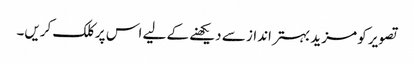
تصویر کو مزید بہتر انداز سے دیکھنے کے لیے اس پر کلک کریں۔